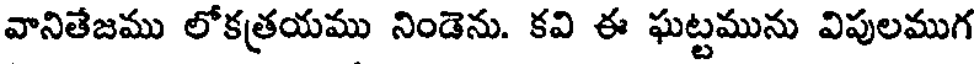
వానితేజము లోకత్రయము నిండెను. కవి ఈ ఘట్టమును విపులముగ